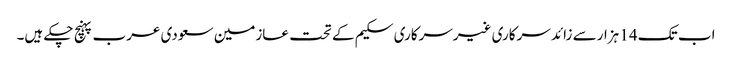
اب تک 14 ہزارسے زائد سرکاری غیرسرکاری سکیم کے تحت عازمین سعودی عرب پہنچ چکے ہیں۔